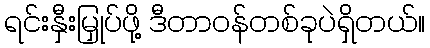
ရင်းနှီးမြှုပ်ဖို့ ဒီတာဝန်တစ်ခုပဲရှိတယ်။